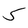
Character: 5